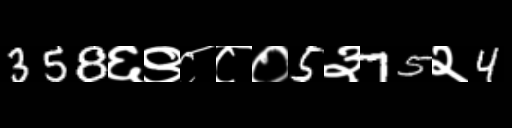
Text: 358६९८८०5३75२4